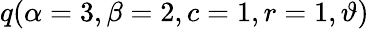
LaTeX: \displaystyle q(\alpha=3,\beta=2,c=1,r=1,\vartheta)